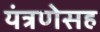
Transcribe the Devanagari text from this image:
यंत्रणेसह